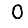
Digit: 0